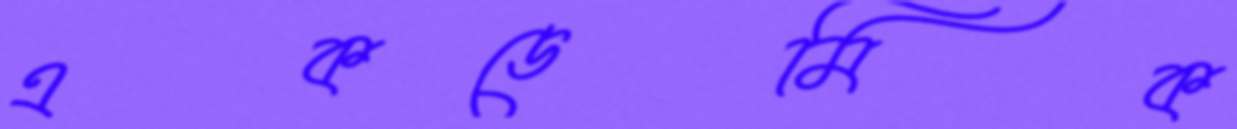
একডেমিক